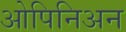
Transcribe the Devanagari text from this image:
ओपिनिअन